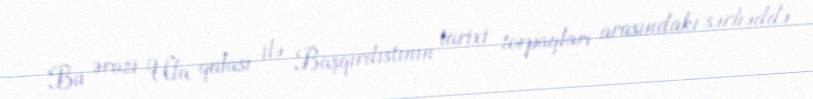
Bu ərazi Ufa qalası ilə Başqırdıstının tarixi torpaqları arasındakı sərhəddə